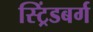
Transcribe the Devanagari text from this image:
स्ट्रिंडबर्ग